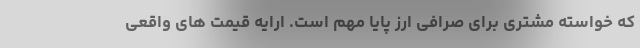
که خواسته مشتری برای صرافی ارز پایا مهم است. ارایه قیمت های واقعی